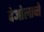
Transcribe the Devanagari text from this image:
देओलाने